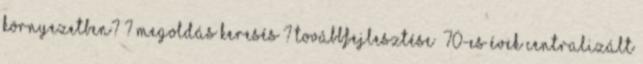
környezetben? ? megoldás keresés ? továbbfejlesztése ’70-es évek Centralizált